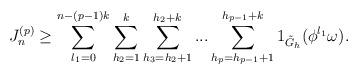
LaTeX: \begin{align*}J_n^{(p)}\ge \sum_{l_1=0}^{n-(p-1)k} \sum_{h_2=1}^{k}\sum_{h_3=h_2+1}^{h_2+k}...\sum_{h_p=h_{p-1}+1}^{h_{p-1}+k} 1_{\tilde{G}_h}(\phi^{l_1}\omega). \end{align*}